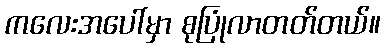
ကလေးအပေါ်မှာ စုပြုံလာတတ်တယ်။